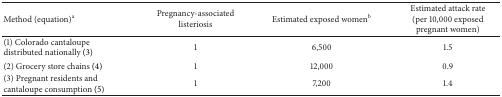
<table><thead><tr><td><b>Method (equation)<sup>a</sup></b></td><td><b>Pregnancy-associated listeriosis</b></td><td><b>Estimated exposed women<sup>b</sup></b></td><td><b>Estimated attack rate(per 10,000 exposed pregnant women)</b></td></tr></thead><tbody><tr><td>(1) Colorado cantaloupe distributed nationally (3)</td><td>1</td><td>6,500</td><td>1.5</td></tr><tr><td>(2) Grocery store chains (4)</td><td>1</td><td>12,000</td><td>0.9</td></tr><tr><td>(3) Pregnant residents and cantaloupe consumption (5)</td><td>1</td><td>7,200</td><td>1.4</td></tr></tbody></table>